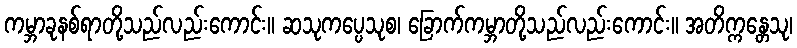
ကမ္ဘာခုနစ်ရာတို့သည်လည်းကောင်း။ ဆသုကပ္ပေသုစ၊ ခြောက်ကမ္ဘာတို့သည်လည်းကောင်း။ အတိက္ကန္တေသု၊